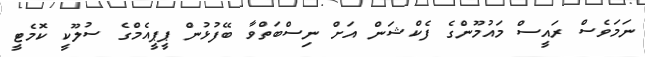
ނަމަވެސް ރައީސް މައުމޫންގެ ފެކްޝަން އަށް ނިސްބަތްވާ ބޭފުޅުން ޕީޕީއެމްގެ ސުލޫކީ ކޮމެޓީ